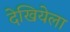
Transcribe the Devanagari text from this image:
देखियेला